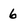
Character: 6